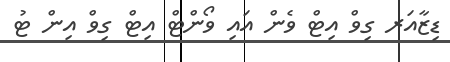
ޑިޒާއަރ ގިވް އިޓް ވެން އައި ވޯންޓް އިޓް ގިވް އިން ޓު